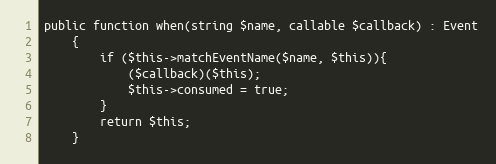
Language: PHP
public function when(string $name, callable $callback) : Event
    {
        if ($this->matchEventName($name, $this)){
            ($callback)($this);
            $this->consumed = true;
        }
        return $this;
    }